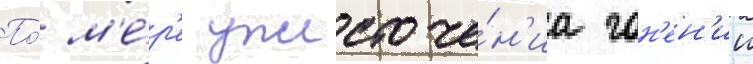
По́ м'е́р'е ужесточе́н'иа гон'ен'ии